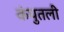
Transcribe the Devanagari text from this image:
कंपुतली